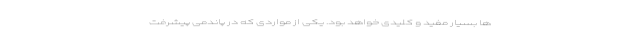
ها بسیار مفید و کلیدی خواهد بود. یکی از مواردی که در پاندمی پیشرفت